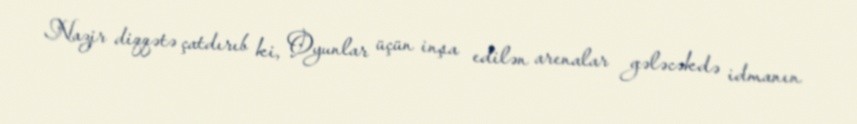
Nazir diqqətə çatdırıb ki, Oyunlar üçün inşa edilən arenalar gələcəkdə idmanın